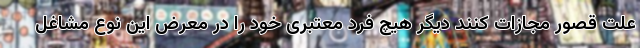
علت قصور مجازات کنند دیگر هیچ فرد معتبری خود را در معرض این نوع مشاغل